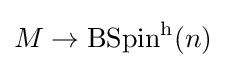
M\rightarrow \operatorname {BSpin} ^{\mathrm {h} }(n)